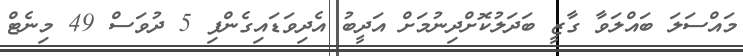
މައްސަލަ ބައްލަވާ ގާޒީ ބަދަލުކޮށްދިނުމަށް އަދީބު އެދިވަޑައިގެންފި 5 ދުވަސް 49 މިނެޓް